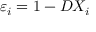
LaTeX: \varepsilon _ { i } = 1 - D X _ { i }